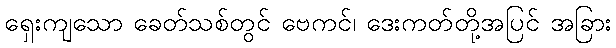
ရှေးကျသော ခေတ်သစ်တွင် ဗေကင်၊ ဒေးကတ်တို့အပြင် အခြား